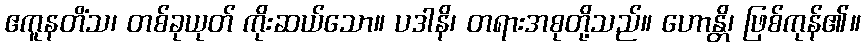
ဧကူနတိံသ၊ တစ်ခုယုတ် ကိုးဆယ်သော။ ပဒါနိ၊ တရားအစုတို့သည်။ ဟောန္တိ၊ ဖြစ်ကုန်၏။